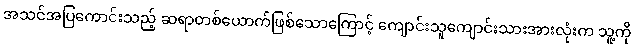
အသင်အပြကောင်းသည့် ဆရာတစ်ယောက်ဖြစ်သောကြောင့် ကျောင်းသူကျောင်းသားအားလုံးက သူ့ကို